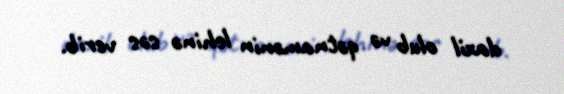
daxil olub və qətnamənin lehinə səs verib.